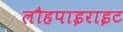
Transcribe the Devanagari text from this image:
लौहपाइराइट